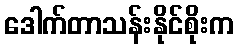
ဒေါက်တာသန်းနိုင်စိုးက